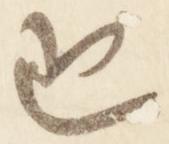
也